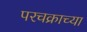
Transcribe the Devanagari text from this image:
परचक्राच्या